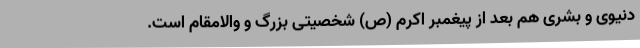
دنیوی و بشری هم بعد از پیغمبر اکرم (ص) شخصیتی بزرگ و والامقام است.